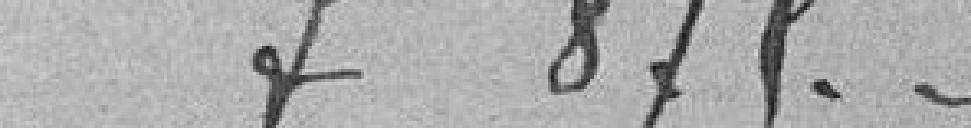
875 F